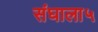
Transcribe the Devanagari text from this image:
संघाला५